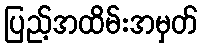
ပြည့်အထိမ်းအမှတ်